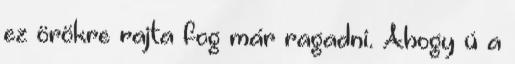
ez örökre rajta fog már ragadni. Ahogy ú a